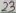
Text: 23